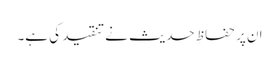
ان پر حفاظِ حدیث نے تنقید کی ہے۔